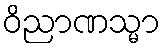
ဝိညာဏသ္မာ